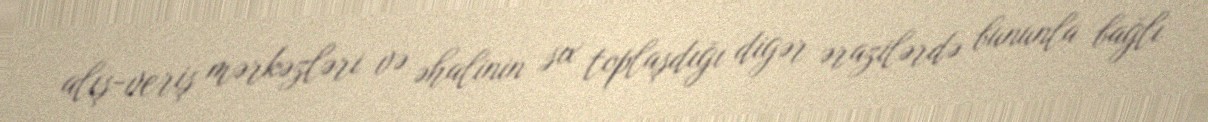
alış-veriş mərkəzləri və əhalinin sıx toplaşdığı digər ərazilərdə bununla bağlı